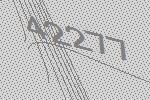
42277